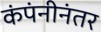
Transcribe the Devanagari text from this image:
कंपंनीनंतर